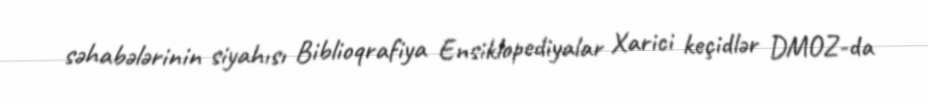
səhabələrinin siyahısı Biblioqrafiya Ensiklopediyalar Xarici keçidlər DMOZ-da